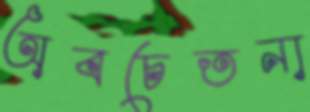
অবচেতনা